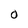
Character: O